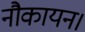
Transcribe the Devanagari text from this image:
नौकायन।